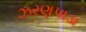
ઝરણપાડા